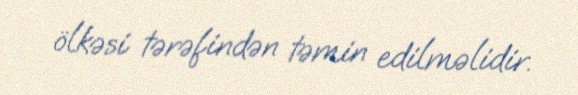
ölkəsi tərəfindən təmin edilməlidir.